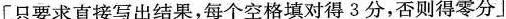
[只要求直接写出结果，每个空格填对得3分，否则得零分]